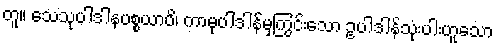
တူ။ သေသုပါဒါနပစ္စယာပိ၊ ကာမုပါဒါန်မှကြွင်းသော ဥပါဒါန်သုံးပါးဟူသော